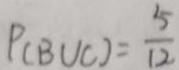
P ( B U C ) = \frac { 5 } { 1 2 }